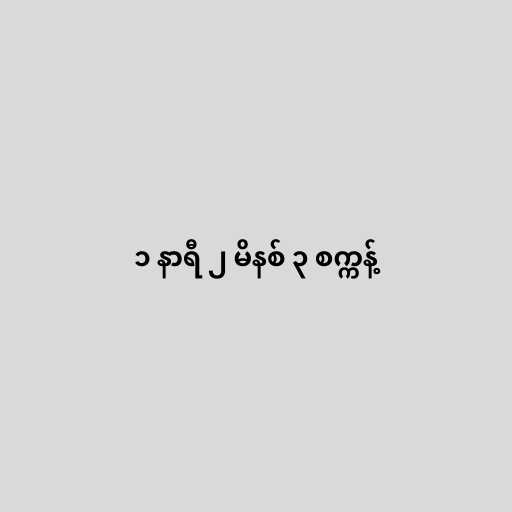
၁ နာရီ ၂ မိနစ် ၃ စက္ကန့်